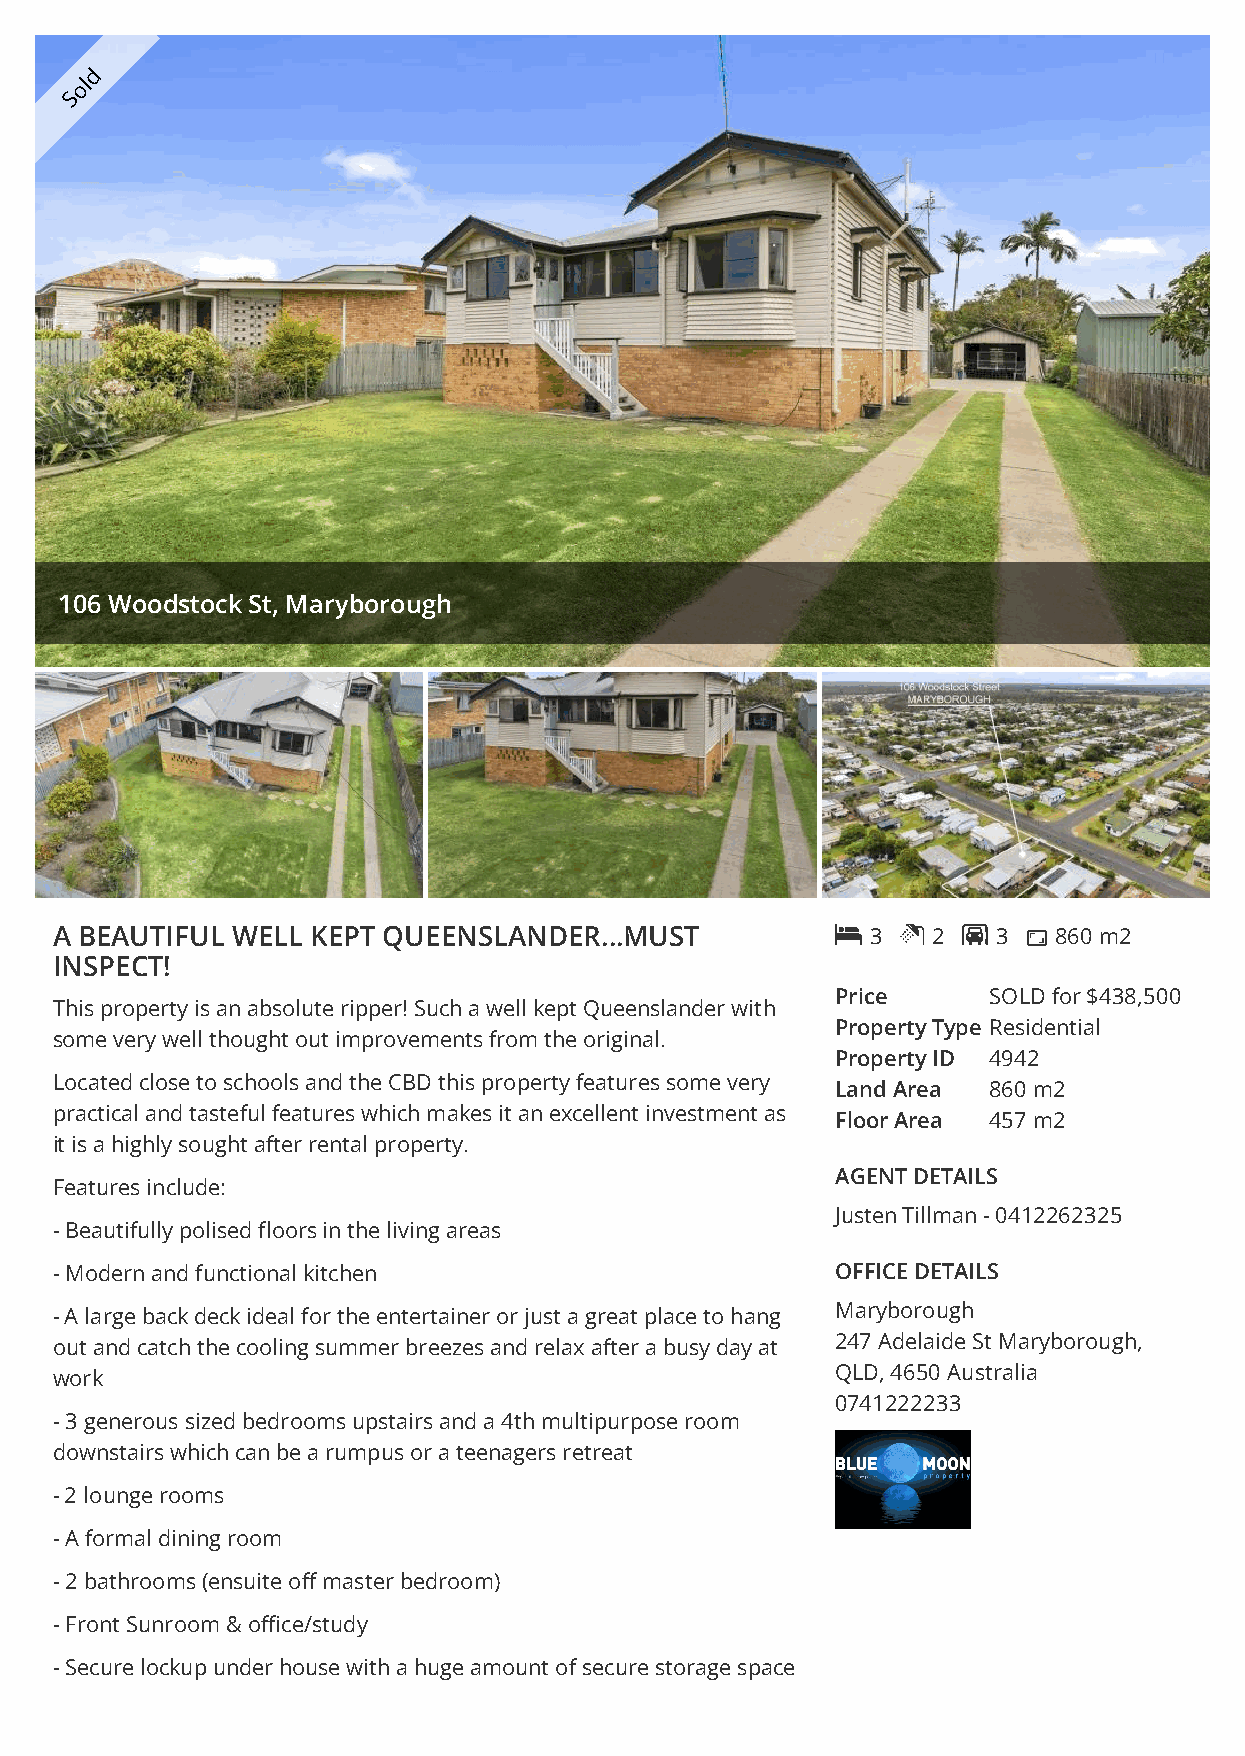
d
 ol
 S
 106 Woodstock St, Maryborough
 A BEAUTIFUL WELL  KEPT QUEENSLANDER...MUST            3  2  3  860 m2
 INSPECT!
 Price      SOLD for $438,500
 This property is an absolute ripper! Such a well kept Queenslander with
 Property Type Residential
 some very well thought out improvements from the original.
 Property ID 4942
 Located close to schools and the CBD this property features some very
 Land Area  860 m2
 practical and tasteful features which makes it an excellent investment as
 Floor Area 457 m2
 it is a highly sought after rental property.
 AGENT DETAILS
 Features include:
 Justen Tillman - 0412262325
 - Beautifully polised floors in the living areas
 - Modern and functional kitchen                     OFFICE DETAILS
 - A large back deck ideal for the entertainer or just a great place to hang Maryborough
 out and catch the cooling summer breezes and relax after a busy day at 247 Adelaide St Maryborough,
 work                                                QLD, 4650 Australia
 0741222233
 - 3 generous sized bedrooms upstairs and a 4th multipurpose room
 downstairs which can be a rumpus or a teenagers retreat
 - 2 lounge rooms
 - A formal dining room
 - 2 bathrooms (ensuite off master bedroom)
 - Front Sunroom & office/study
 - Secure lockup under house with a huge amount of secure storage space